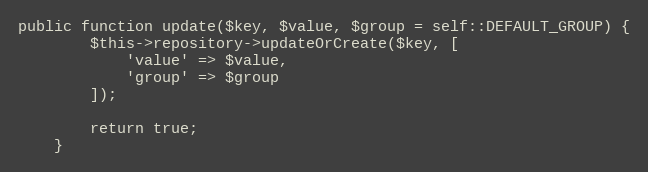
Language: PHP
public function update($key, $value, $group = self::DEFAULT_GROUP) {
        $this->repository->updateOrCreate($key, [
            'value' => $value,
            'group' => $group
        ]);

        return true;
    }